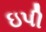
ઇપી